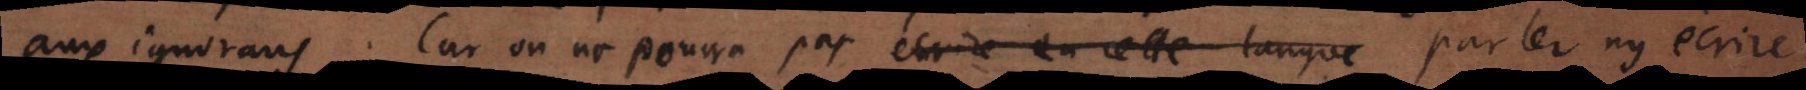
aux ignorans. Car on ne pourra pas ecrire en cette langue parler ny ecrire